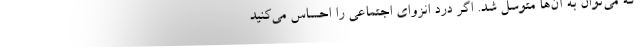
که می‌توان به آن‌ها متوسل شد. اگر درد انزوای اجتماعی را احساس می‌کنید